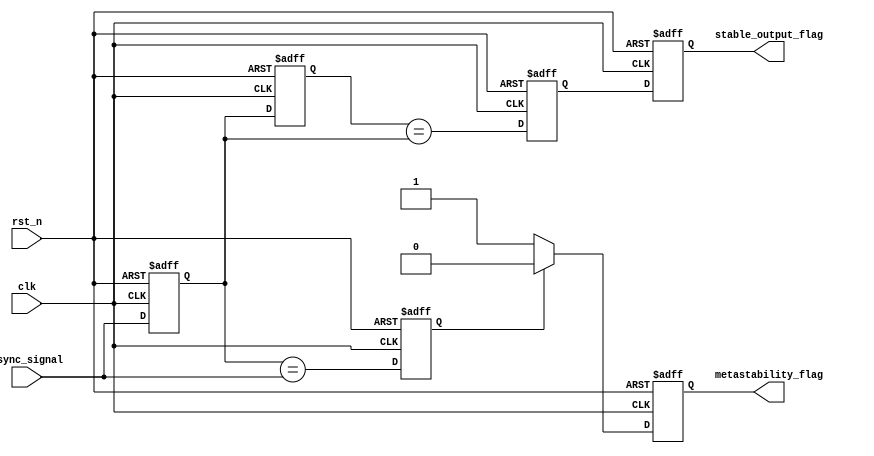
module metastability_detector (
    input wire clk,                // Clock signal
    input wire rst_n,              // Active low reset
    input wire async_signal,       // Asynchronous input signal
    output reg metastability_flag,  // Metastability detected flag
    output reg stable_output_flag    // Stable output flag
);

    // Internal signals
    reg latch1_out;                // Output of the first latch
    reg latch2_out;                // Output of the second latch
    reg latch1_stable;             // Indicates if latch1 is stable
    reg latch2_stable;             // Indicates if latch2 is stable

    // Latch 1: Sample the asynchronous signal
    always @(posedge clk or negedge rst_n) begin
        if (!rst_n) begin
            latch1_out <= 1'b0;
            latch1_stable <= 1'b0;
        end else begin
            latch1_out <= async_signal;
            latch1_stable <= (latch1_out == async_signal); // Check if stable
        end
    end

    // Latch 2: Sample the output of latch 1
    always @(posedge clk or negedge rst_n) begin
        if (!rst_n) begin
            latch2_out <= 1'b0;
            latch2_stable <= 1'b0;
        end else begin
            latch2_out <= latch1_out;
            latch2_stable <= (latch2_out == latch1_out); // Check if stable
        end
    end

    // Metastability detection logic
    always @(posedge clk or negedge rst_n) begin
        if (!rst_n) begin
            metastability_flag <= 1'b0;
            stable_output_flag <= 1'b0;
        end else begin
            // If latch1 is not stable, set metastability flag
            if (!latch1_stable) begin
                metastability_flag <= 1'b1; // Metastability detected
            end else begin
                metastability_flag <= 1'b0; // Clear flag if stable
            end
            
            // If latch2 is stable, set stable output flag
            stable_output_flag <= latch2_stable;
        end
    end

endmodule